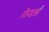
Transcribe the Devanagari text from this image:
फ़ेदर्स